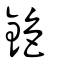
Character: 銫